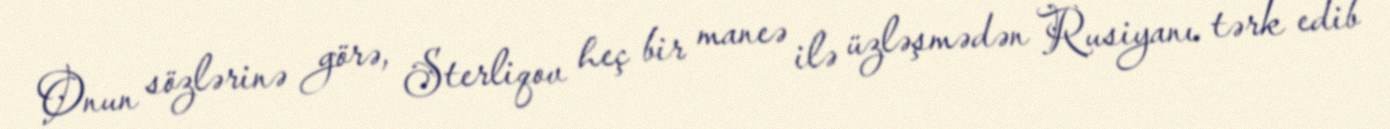
Onun sözlərinə görə, Sterliqov heç bir maneə ilə üzləşmədən Rusiyanı tərk edib